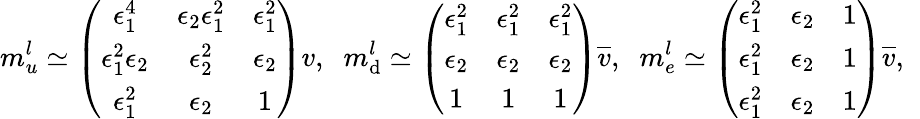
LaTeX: m_{u}^{l}\simeq\left(\begin{array}{ccc}{{\epsilon_{1}^{4}}}&{{\epsilon_{2}\epsilon_{1}^{2}}}&{{\epsilon_{1}^{2}}}\\ {{\epsilon_{1}^{2}\epsilon_{2}}}&{{\epsilon_{2}^{2}}}&{{\epsilon_{2}}}\\ {{\epsilon_{1}^{2}}}&{{\epsilon_{2}}}&{{1}}\end{array}\right)v,\; \; m_{\mathrm{d}}^{l}\simeq\left(\begin{array}{ccc}{{\epsilon_{1}^{2}}}&{{\epsilon_{1}^{2}}}&{{\epsilon_{1}^{2}}}\\ {{\epsilon_{2}}}&{{\epsilon_{2}}}&{{\epsilon_{2}}}\\ {{1}}&{{1}}&{{1}}\end{array}\right)\overline{{{{v}}}},\; \; m_{e}^{l}\simeq\left(\begin{array}{ccc}{{\epsilon_{1}^{2}}}&{{\epsilon_{2}}}&{{1}}\\ {{\epsilon_{1}^{2}}}&{{\epsilon_{2}}}&{{1}}\\ {{\epsilon_{1}^{2}}}&{{\epsilon_{2}}}&{{1}}\end{array}\right)\overline{{{{v}}}},\; \;